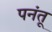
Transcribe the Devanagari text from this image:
पनंतू